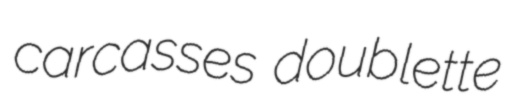
carcasses doublette